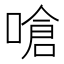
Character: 嗆